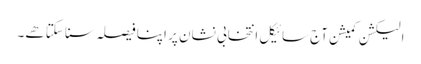
الیکشن کمیشن آج سائیکل انتخابی نشان پر اپنا فیصلہ سنا سکتا هے۔